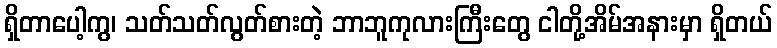
ရှိတာပေါ့ကွ၊ သတ်သတ်လွတ်စားတဲ့ ဘာဘူကုလားကြီးတွေ ငါတို့အိမ်အနားမှာ ရှိတယ်